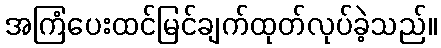
အကြံပေးထင်မြင်ချက်ထုတ်လုပ်ခဲ့သည်။